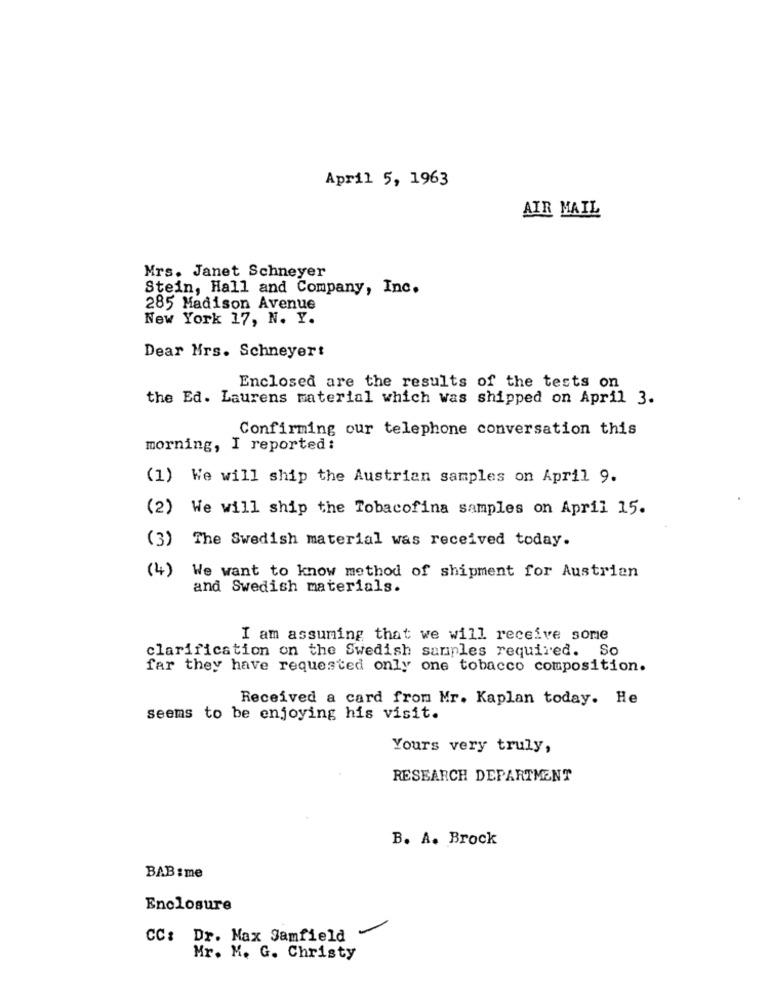
April 5, 1963
AIR MAIL
Mrs. Janet Schneyer
Stein, Hall and Company, Inc.
285 Madison Avenue
New York 17, N. Y.
Dear Mrs. Schneyert
Enclosed are the results of the tests on
the Ed. Laurens material which was shipped on April 3.
Confirming our telephone conversation this
morning, I reported:
(1) We will ship the Austrian samples on April 9.
(2) We will ship the Tobacofina samples on April 15.
(3) The Swedish material was received today.
(4)
We want to know method of shipment for Austrian
and Swedish materials.
I am assuming that we will receive some
clarification on the Swedish samples required. So
far they have requested only one tobacco composition.
Received a card from Mr. Kaplan today. He
seems to be enjoying his visit.
Yours very truly,
RESEARCH DEPARTMENT
B. A. Brock
BAB: me
Enclosure
CC: Dr. Max Samfield
Mr. M. G. Christy